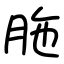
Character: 胣